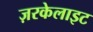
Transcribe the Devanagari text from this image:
ज़रकेलाइट